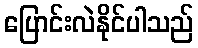
ပြောင်းလဲနိုင်ပါသည်